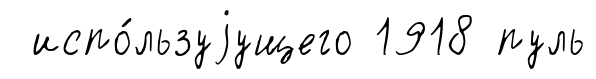
испо́льзуjущего 1918 пуль